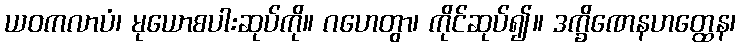
ယဝကလာပံ၊ မုယောစပါးဆုပ်ကို။ ဂဟေတွာ၊ ကိုင်ဆုပ်၍။ ဒက္ခိဏေနဟတ္ထေန၊